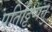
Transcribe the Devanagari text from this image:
पतिट्टिप्पत्तु